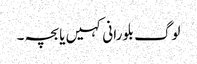
لوگ بلو رانی کہیں یا بچہ ۔